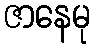
ဇာနေမု